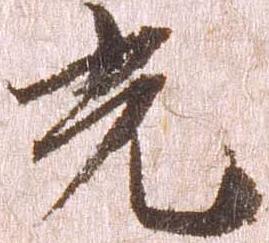
光